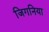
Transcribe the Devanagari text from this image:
जिगनिया